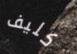
كليف